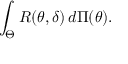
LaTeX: \int _ { \Theta } R ( \theta , \delta ) \, d \Pi ( \theta ) .